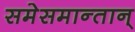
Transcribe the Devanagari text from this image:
समेसमान्तान्